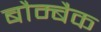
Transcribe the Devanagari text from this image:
बौम्बैक